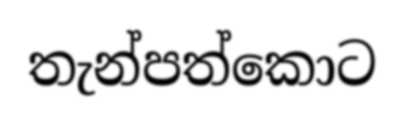
තැන්පත්කොට